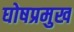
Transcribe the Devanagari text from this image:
घोषप्रमुख